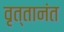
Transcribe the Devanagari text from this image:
वृत्तानंत